Civil Veterinary Dept. North-West Frontier Province 1901-22 - 1901-1922
Year: 1901
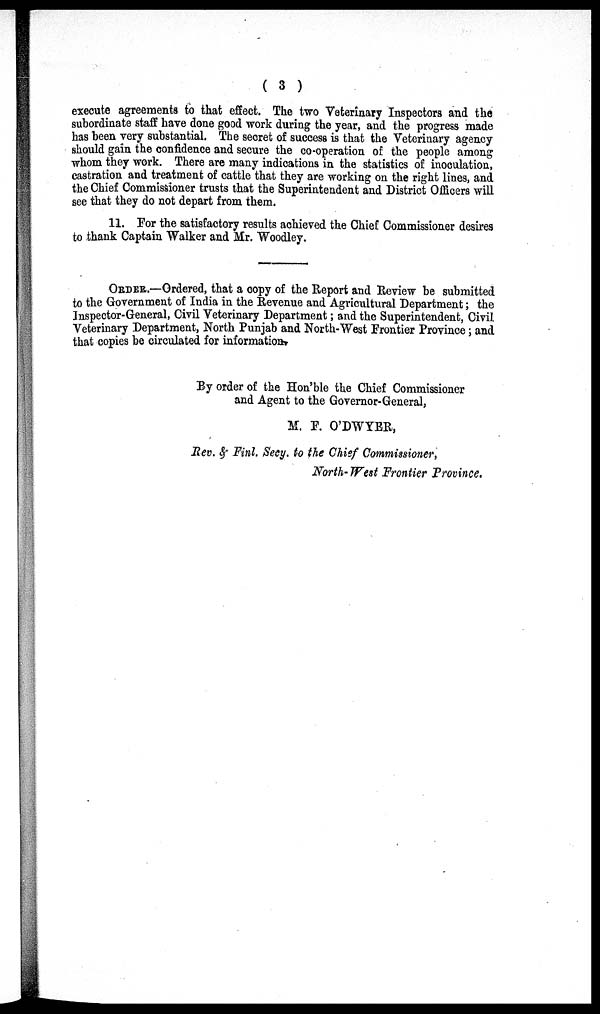
( 3 )
execute agreements to that effect. The two Veterinary Inspectors and the
subordinate staff have done good work during the year, and the progress made
has been very substantial. The secret of success is that the Veterinary agency
should gain the confidence and secure the co-operation of the people among
whom they work. There are many indications in the statistics of inoculation,
castration and treatment of cattle that they are working on the right lines, and
the Chief Commissioner trusts that the Superintendent and District Officers will
see that they do not depart from them.
11. For the satisfactory results achieved the Chief Commissioner desires
to thank Captain Walker and Mr. Woodley.
ORDER.—Ordered, that a copy of the Report and Review be submitted
to the Government of India in the Revenue and Agricultural Department; the
Inspector-General, Civil Veterinary Department; and the Superintendent, Civil
Veterinary Department, North Punjab and North-West Frontier Province; and
that copies be circulated for information
By order of the Hon'ble the Chief Commissioner
and Agent to the Governor-General,
M. F. O'DWYER,
Rev. & Finl. Secy. to the Chief Commissioner,
North-West Frontier Province.